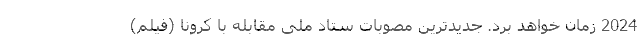
2024 زمان خواهد برد. جدیدترین مصوبات ستاد ملی مقابله با کرونا (فیلم)